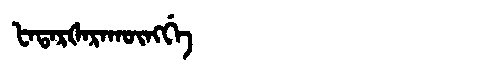
Manchu: ᡶᠠᡨᠠᡵᡧᠠᡵᠠᡴᡡᠩᡤᡝ
Romanization: FATARŠARAKŪNGGE